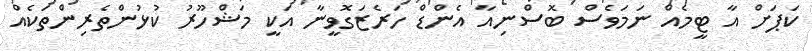
ކަޕަށް އާ ޓީމެއް ނަމަވެސް ބޮސްނިއާ އެންޑް ހަރެޒަގޮވީނާ އަކީ މަޝްހޫރު ކުޅުންތެރިންތަކެއް